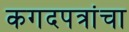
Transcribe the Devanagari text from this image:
कगदपत्रांचा